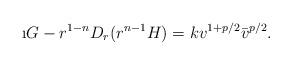
LaTeX: \begin{align*}\i G - r^{1-n} D_r(r^{n-1} H)= k v^{1+p/2}\bar v^{p/2}.\end{align*}